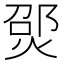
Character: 𪹃